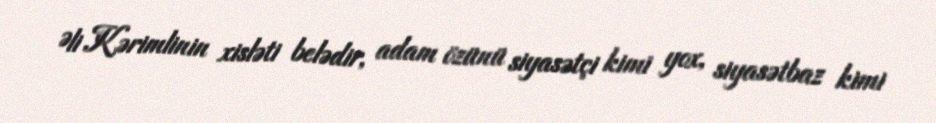
Əli Kərimlinin xisləti belədir, adam özünü siyasətçi kimi yox, siyasətbaz kimi